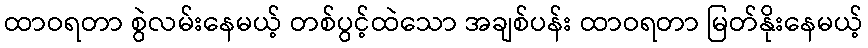
ထာဝရတာ စွဲလမ်းနေမယ့် တစ်ပွင့်ထဲသော အချစ်ပန်း ထာဝရတာ မြတ်နိုးနေမယ့်